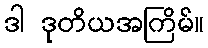
ဒါ ဒုတိယအကြိမ်။